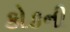
કોકની